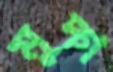
মুদ্গ